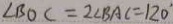
\angle B O C = 2 \angle B A C = 1 2 0 ^ { \circ }